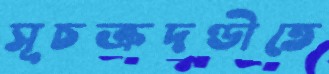
সূচক্রদণ্ডীতে